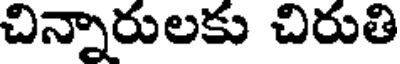
చిన్నారులకు చిరుతి